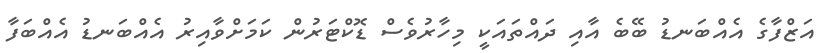
އަޒްފާގެ އެއްބަނޑު ބޭބެ އާއި ދައްތައަކީ މިހާރުވެސް ޑޮކްޓަރުން ކަަމަށްވާއިރު އެއްބަނޑު އެއްބަފާ